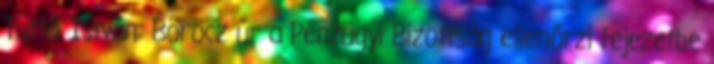
Tüttő István: Böröcz úr a Pénzügyi Bizottság ellenőrzi fejezetbe